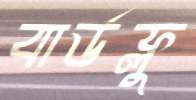
বার্ডফ্লু